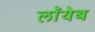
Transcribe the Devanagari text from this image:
लाॅयेब